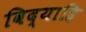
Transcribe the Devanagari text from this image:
विद्याहि